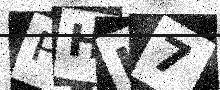
Text: PHJ7